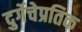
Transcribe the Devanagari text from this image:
दुर्गेचेप्रतिक